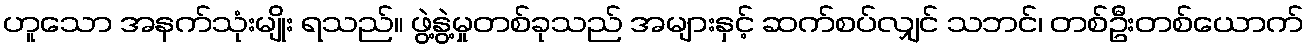
ဟူသော အနက်သုံးမျိုး ရသည်။ ဖွဲ့နွဲ့မှုတစ်ခုသည် အများနှင့် ဆက်စပ်လျှင် သဘင်၊ တစ်ဦးတစ်ယောက်